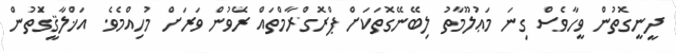
ދީނީގޮތުން ވީހާވެސް ގިނަ މަޢުލޫމާތު ލިބޭނޭގޮތަކަށް ޕްރޮގްރާމްތައް ރަޭވުން ވަރަށް މުހިއްމެވެ. އަޚްލާޤީގަޮތުން